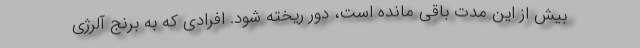
بیش از این مدت باقی مانده است، دور ریخته شود. افرادی که به برنج آلرژی